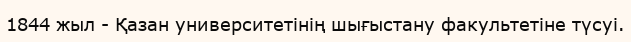
1844 жыл - Қазан университетінің шығыстану факультетіне түсуі.